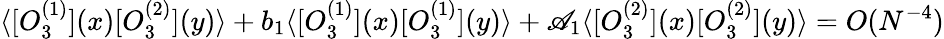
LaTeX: \langle[O_{3}^{(1)}](x)[O_{3}^{(2)}](y)\rangle+b_{1}\langle[O_{3}^{(1)}](x)[O_{3}^{(1)}](y)\rangle+\mathscr{A}_{1}\langle[O_{3}^{(2)}](x)[O_{3}^{(2)}](y)\rangle=O(N^{-4})